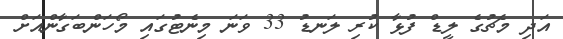
އަދި މެޗުގެ ލީޑް ފުޅާ ކުރި ލަނޑު 33 ވަނަ މިނެޓުގައި މޯހަންބަގާންއަށް